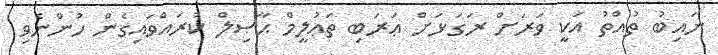
ނައިބު ތުއްތު އަކީ ވަރަށް ރަގަޅަށް ޢަރަބި ތަޢުލީމް ޙާޞިލް ކުރައްވައިގެން ހުންނެވި